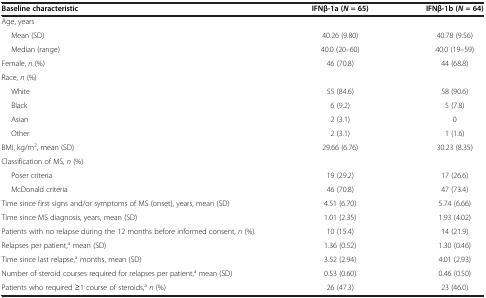
| Baseline characteristic | IFNβ-1a (N = 65) | IFNβ-1b (N = 64) |
 | --- | --- | --- |
 | Age, years |  |  |
 | Mean (SD) | 40.26 (9.80) | 40.78 (9.56) |
 | Median (range) | 40.0 (20–60) | 40.0 (19–59) |
 | Female, n (%) | 46 (70.8) | 44 (68.8) |
 | Race, n (%) |  |  |
 | White | 55 (84.6) | 58 (90.6) |
 | Black | 6 (9.2) | 5 (7.8) |
 | Asian | 2 (3.1) | 0 |
 | Other | 2 (3.1) | 1 (1.6) |
 | BMI, kg/m2, mean (SD) | 29.66 (6.76) | 30.23 (8.35) |
 | Classification of MS, n (%) |  |  |
 | Poser criteria | 19 (29.2) | 17 (26.6) |
 | McDonald criteria | 46 (70.8) | 47 (73.4) |
 | Time since first signs and/or symptoms of MS (onset), years, mean (SD) | 4.51 (6.70) | 5.74 (6.66) |
 | Time since MS diagnosis, years, mean (SD) | 1.01 (2.35) | 1.93 (4.02) |
 | Patients with no relapse during the 12 months before informed consent, n (%) | 10 (15.4) | 14 (21.9) |
 | Relapses per patient,a mean (SD) | 1.36 (0.52) | 1.30 (0.46) |
 | Time since last relapse,a months, mean (SD) | 3.52 (2.94) | 4.01 (2.93) |
 | Number of steroid courses required for relapses per patient,a mean (SD) | 0.53 (0.60) | 0.46 (0.50) |
 | Patients who required ≥1 course of steroids,an (%) | 26 (47.3) | 23 (46.0) |